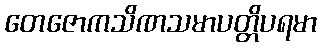
တေဇောကသိဏသမာပတ္တိပရမာ